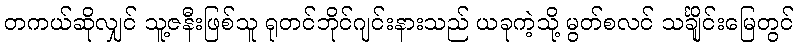
တကယ်ဆိုလျှင် သူ့ဇနီးဖြစ်သူ ရုတင်ဘိုင်ဂျင်းနားသည် ယခုကဲ့သို့ မွတ်စလင် သင်္ချိုင်းမြေတွင်